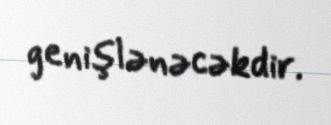
genişlənəcəkdir.